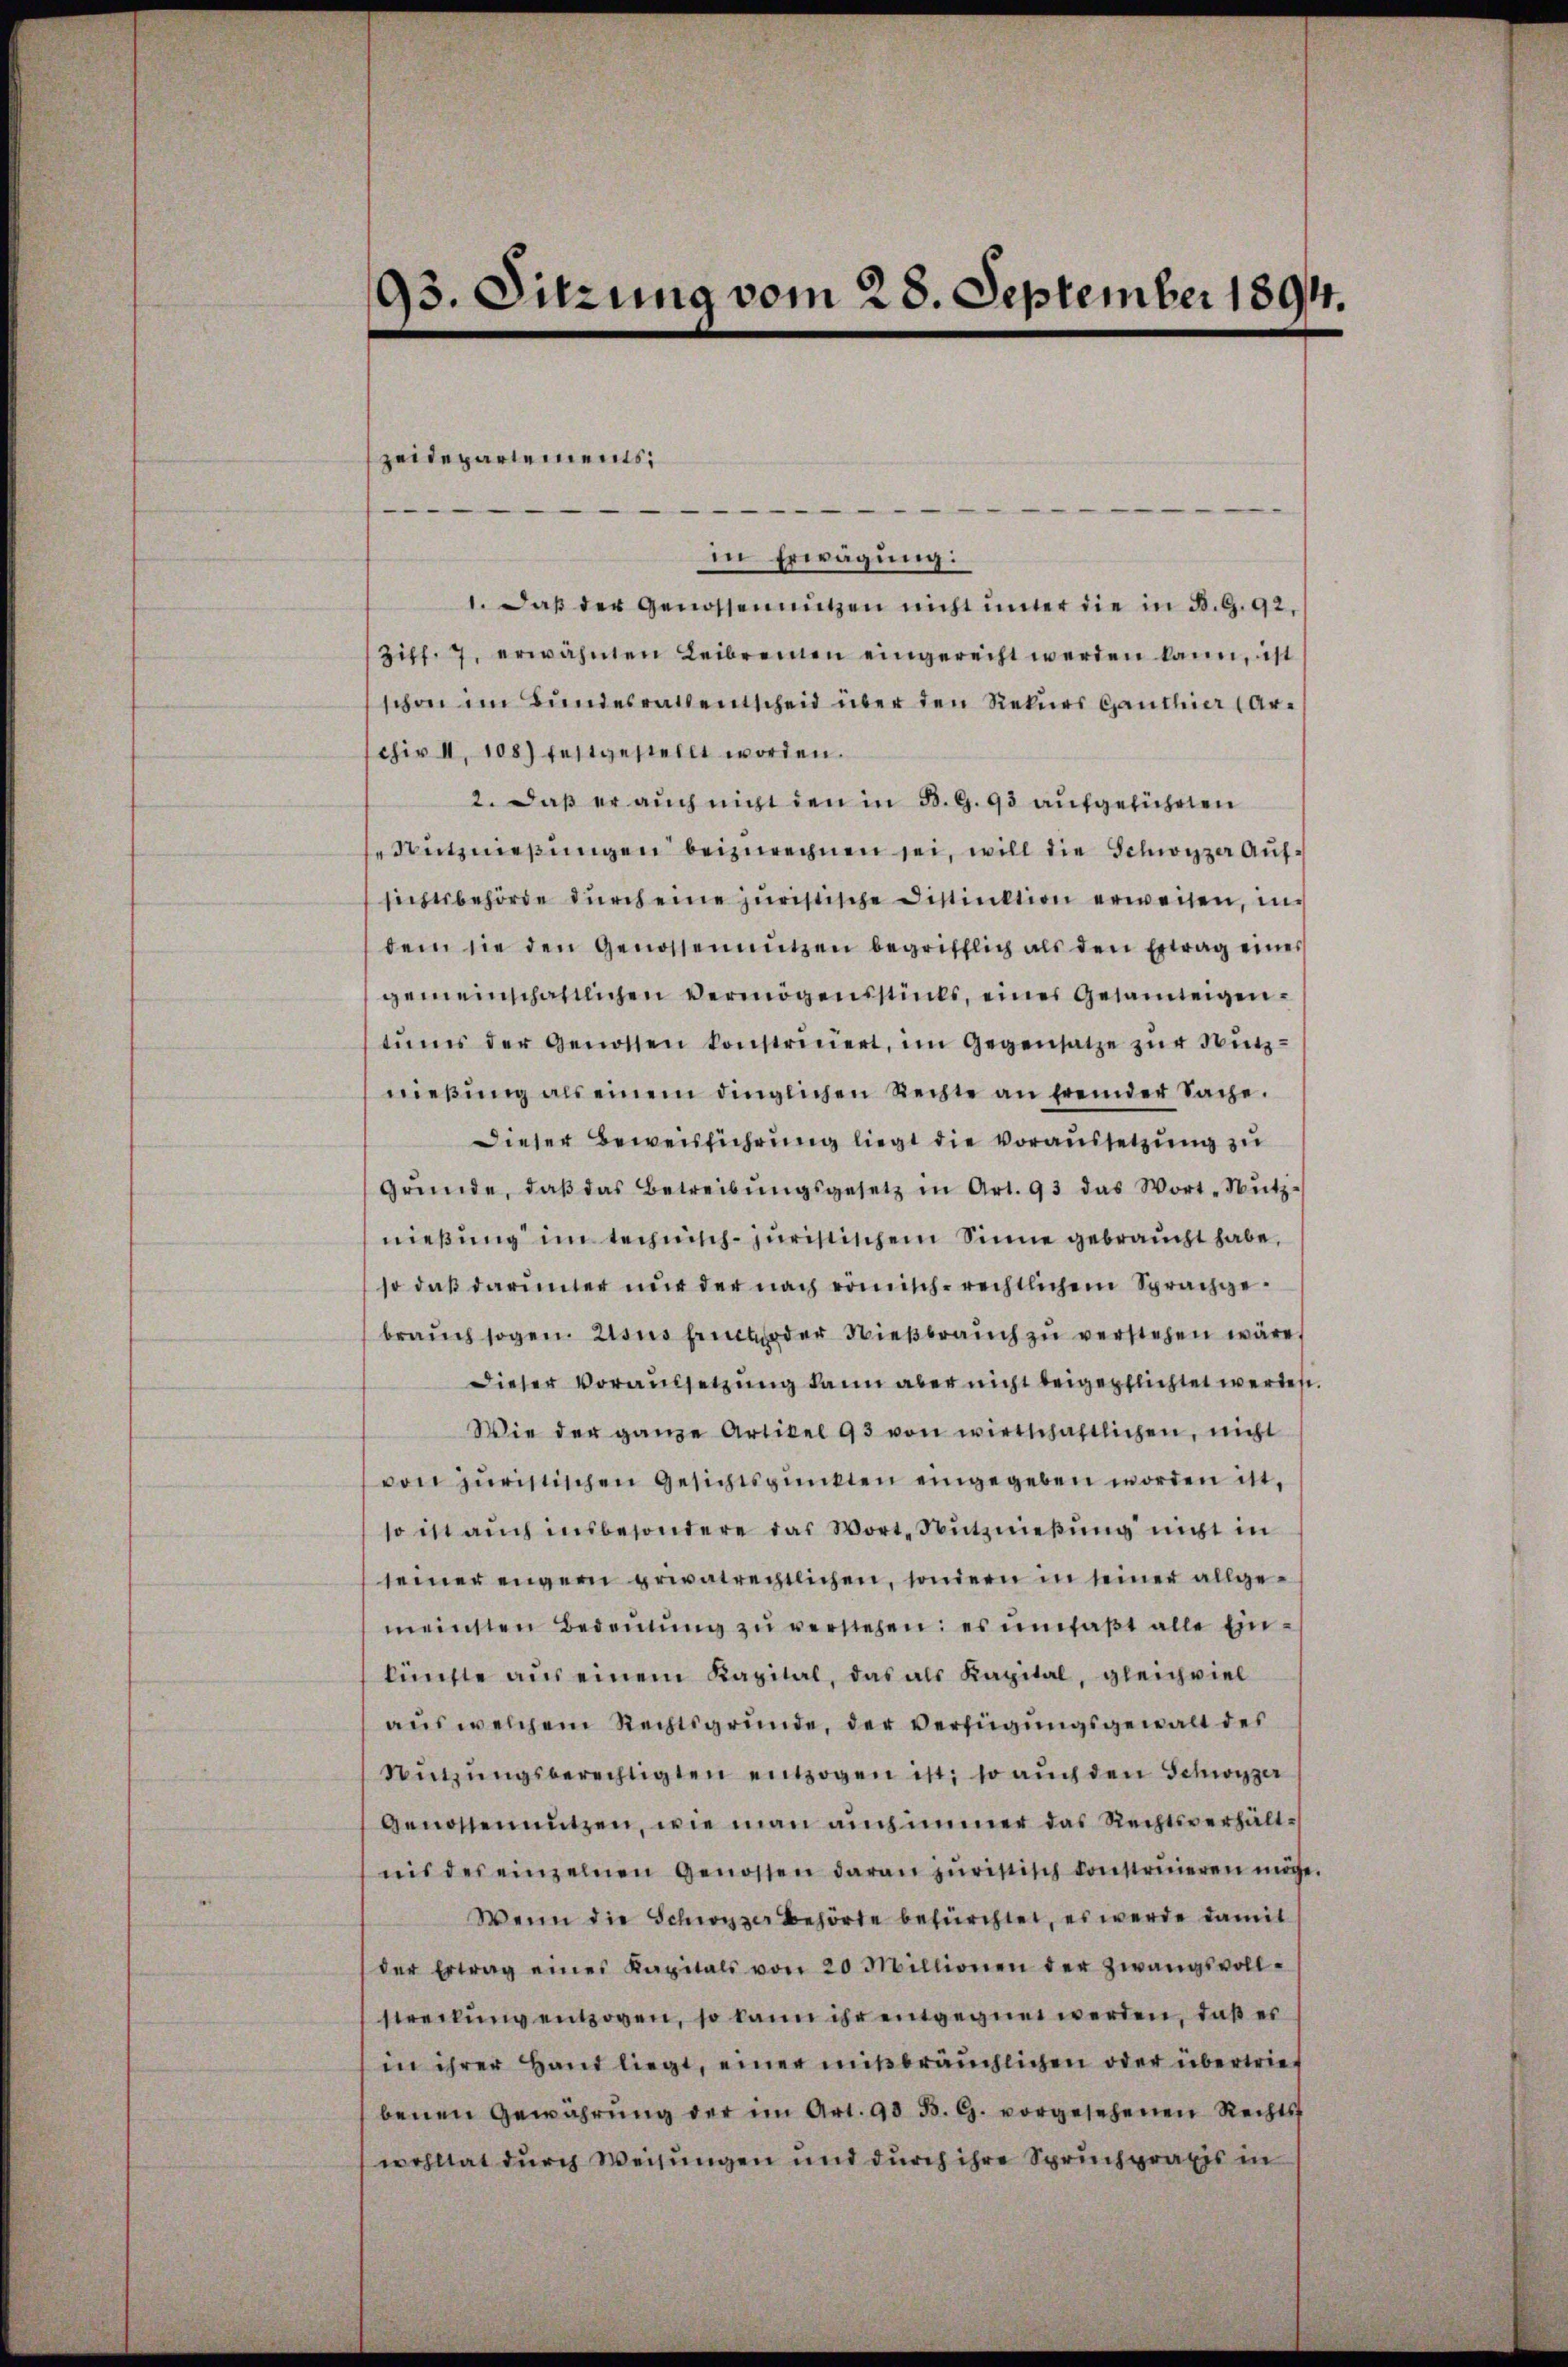
93. Sitzung vom 28. September 1894.

zeidepartements:

in Erwägung:
1. Daß der Genossen nützen nicht unter die in B. G. 92,
Ziff. 7. erwähnten Leibrenten eingerecht werden kann, ist
schon im Bundesrathentscheid über den Rekurs Ganthier (Archir II 108) festgestellt worden.
2. Daß er auch nicht den in B. G. 93 aufgeführten
Nutznießungen beizurechnen sei, will die Schwyzer Aufsichtsbehörde durch eine juristische Distinktion erweisen, in
dem sie den Genossennützen begrifflich als den Ertrag eines
gemeinschaftlichen Vermögensstücks, eines Gesamteigentŭms der Genossen konstriciert, im Gegensatze zŭr Nutz-
nieβŭng als einem dinglichen Rechte an fremder Sache.
Dieser Beweisführung liegt die voraussetzung zu
Gründe, daβ das Betreibŭngsgesetz in Art. 93 das Wort-Nŭtz-
nießung im technisch-juristischem Sinne gebraucht habe,
so daß darunter nur der nach römisch-rechtlichem Sprachgebraŭch sogen. Usus seit oder Nießbrauch zu verstehen wäre.
Dieser Voraussetzung kann aber nicht beigepflichtet werden.
Wie der ganze Artikel 93 von wirtschaftlichen, nicht
von juristischen Gesichtspunkten eingegeben worden ist,
so ist auch insbesondere das Wort, Nutznießung nicht in
seiner enger privatrechtlichen, sondern in seiner allgemeinsten Bedaŭŭng zŭ verstehen; es umfaßt alle Einkünfte aŭs einem Kapital, das als Kapital, gleichviel
aus welchem Rechtsgründe, der Verfügungsgewalt des
Sitzŭngsberechtigten entzogen ist; so auch den Schwyzer
Genossen nutzen, wie man auch immer das Rechtsverhältnis des einzelnen Genossen daran zŭristisch konstruieren möge.
Wenn die Schwyzer Behörde befürchtet, es werde damit
der Ertrag eines Kapitals von 20 Millionen der Zwangsvoll-
streckung entzogen, so kann ihr entgegnet werden, daß es
in ihrer Hand liegt, einer mißbräuchlichen oder übertrief
benen Gewährŭng der im Art. 98 B. G. vorgesehenen Rechts
wohltat durch Weisungen und durch ihre Spruchpraxis in